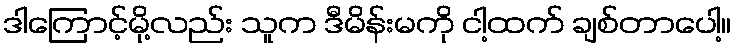
ဒါကြောင့်မို့လည်း သူက ဒီမိန်းမကို ငါ့ထက် ချစ်တာပေါ့။